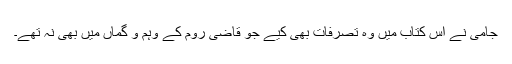
جامی نے اُس کتاب میں وہ تصرفات بھی کیے جو قاضی روم کے وہم و گماں میں بھی نہ تھے۔